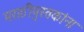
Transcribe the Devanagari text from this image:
मराठीपुस्तकांना